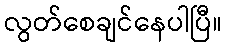
လွတ်စေချင်နေပါပြီ။